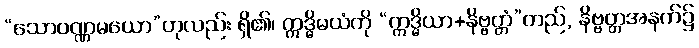
“သောဝဏ္ဏမယော”ဟုလည်း ရှိ၏၊ ဣဒ္ဓိမယံကို “ဣဒ္ဓိယာ+နိဗ္ဗတ္တံ”တည်, နိဗ္ဗတ္တအနက်၌